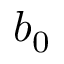
b _ { 0 }